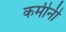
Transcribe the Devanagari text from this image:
कमीनी